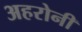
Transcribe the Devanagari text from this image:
अहरोनी